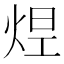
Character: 𤉊